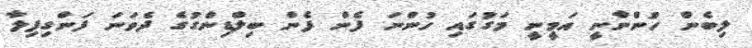
ލިބެން ހުންނާނީ އަމީނީ މަގުގައި ހުންނަ ފެން ފެން ބިލްޑިންގުގެ ދެވަނަ ފަންގިފިލާ